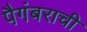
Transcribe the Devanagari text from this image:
पैगंबराची